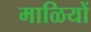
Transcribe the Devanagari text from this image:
माळियों